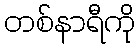
တစ်နာရီကို